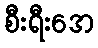
စီးရီးအေ